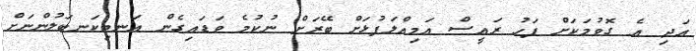
އަދި އެ ގޮވުމަކަށް ފަހު ރައީސް އަމިއްލަފުޅަށް ބޭރަށް ނުކުމެ ވަޑައިގެން އަނބިކަނބަލުންނަށް